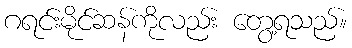
ဂရင်းမိုင်ဆန်ကိုလည်း တွေ့ရသည်။